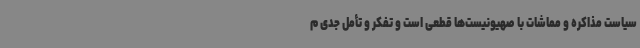
سیاست مذاکره و مماشات با صهیونیست‌ها قطعی است و تفکر و تأمل جدی م